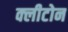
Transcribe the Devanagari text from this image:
क्‍लीटोन